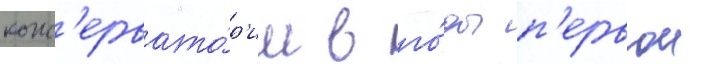
конс'ервато́р'ии в го́ды п'ервои